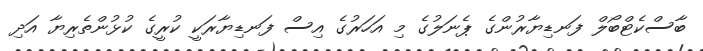
ބާސްކެޓްބޯލް ފަނޑިޔާރުންގެ ޕެނަލުގެ މި އަހަރުގެ އިސް ފަނޑިޔާރަކީ ކުރީގެ ކުޅުންތެރިޔާ އަދި